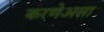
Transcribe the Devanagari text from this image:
करणेअसा